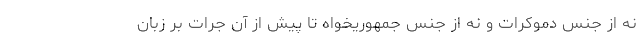
نه از جنس دموکرات و نه از جنس جمهوریخواه تا پیش از آن جرات بر زبان